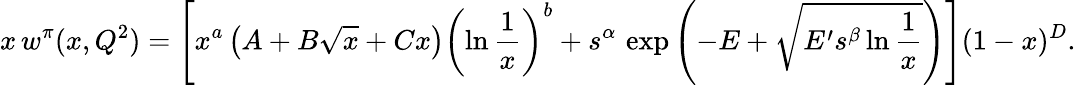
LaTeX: x\, w^{\pi}(x,Q^{2})=\left[x^{a}\left(A+B\sqrt{x}+Cx\right)\left(\ln\frac{1}{x}\right)^{b}+s^{\alpha}\, \, \mathrm{{exp}}\left(-E+\sqrt{E^{\prime}s^{\beta}\ln\frac{1}{x}}\right)\right](1-x)^{D}.